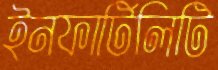
ইনফার্টিলিটি